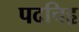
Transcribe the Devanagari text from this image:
पदचिहृ